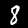
Label: 8